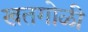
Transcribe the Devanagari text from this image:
खतगोळी